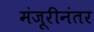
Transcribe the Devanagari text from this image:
मंजूरीनंतर